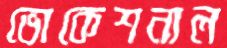
ভোকেশনাল